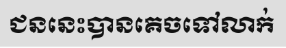
ជននេះបានគេចទៅលាក់